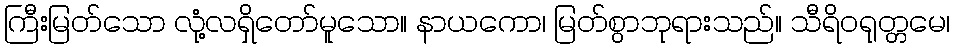
ကြီးမြတ်သော လုံ့လရှိတော်မူသော။ နာယကော၊ မြတ်စွာဘုရားသည်။ သီရိဝရုတ္တမေ၊